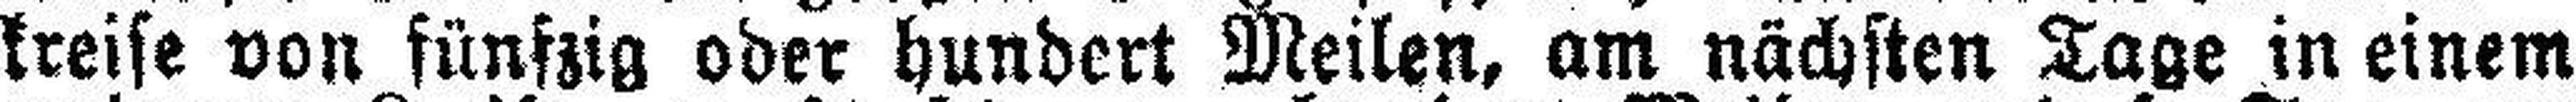
kreise von fünfzig oder hundert Meilen, am nächsten Tage in einem